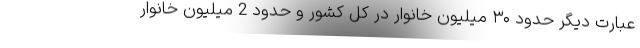
عبارت دیگر حدود ۳۰ میلیون خانوار در کل کشور و حدود 2 میلیون خانوار